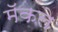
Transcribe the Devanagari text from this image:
मॅकले